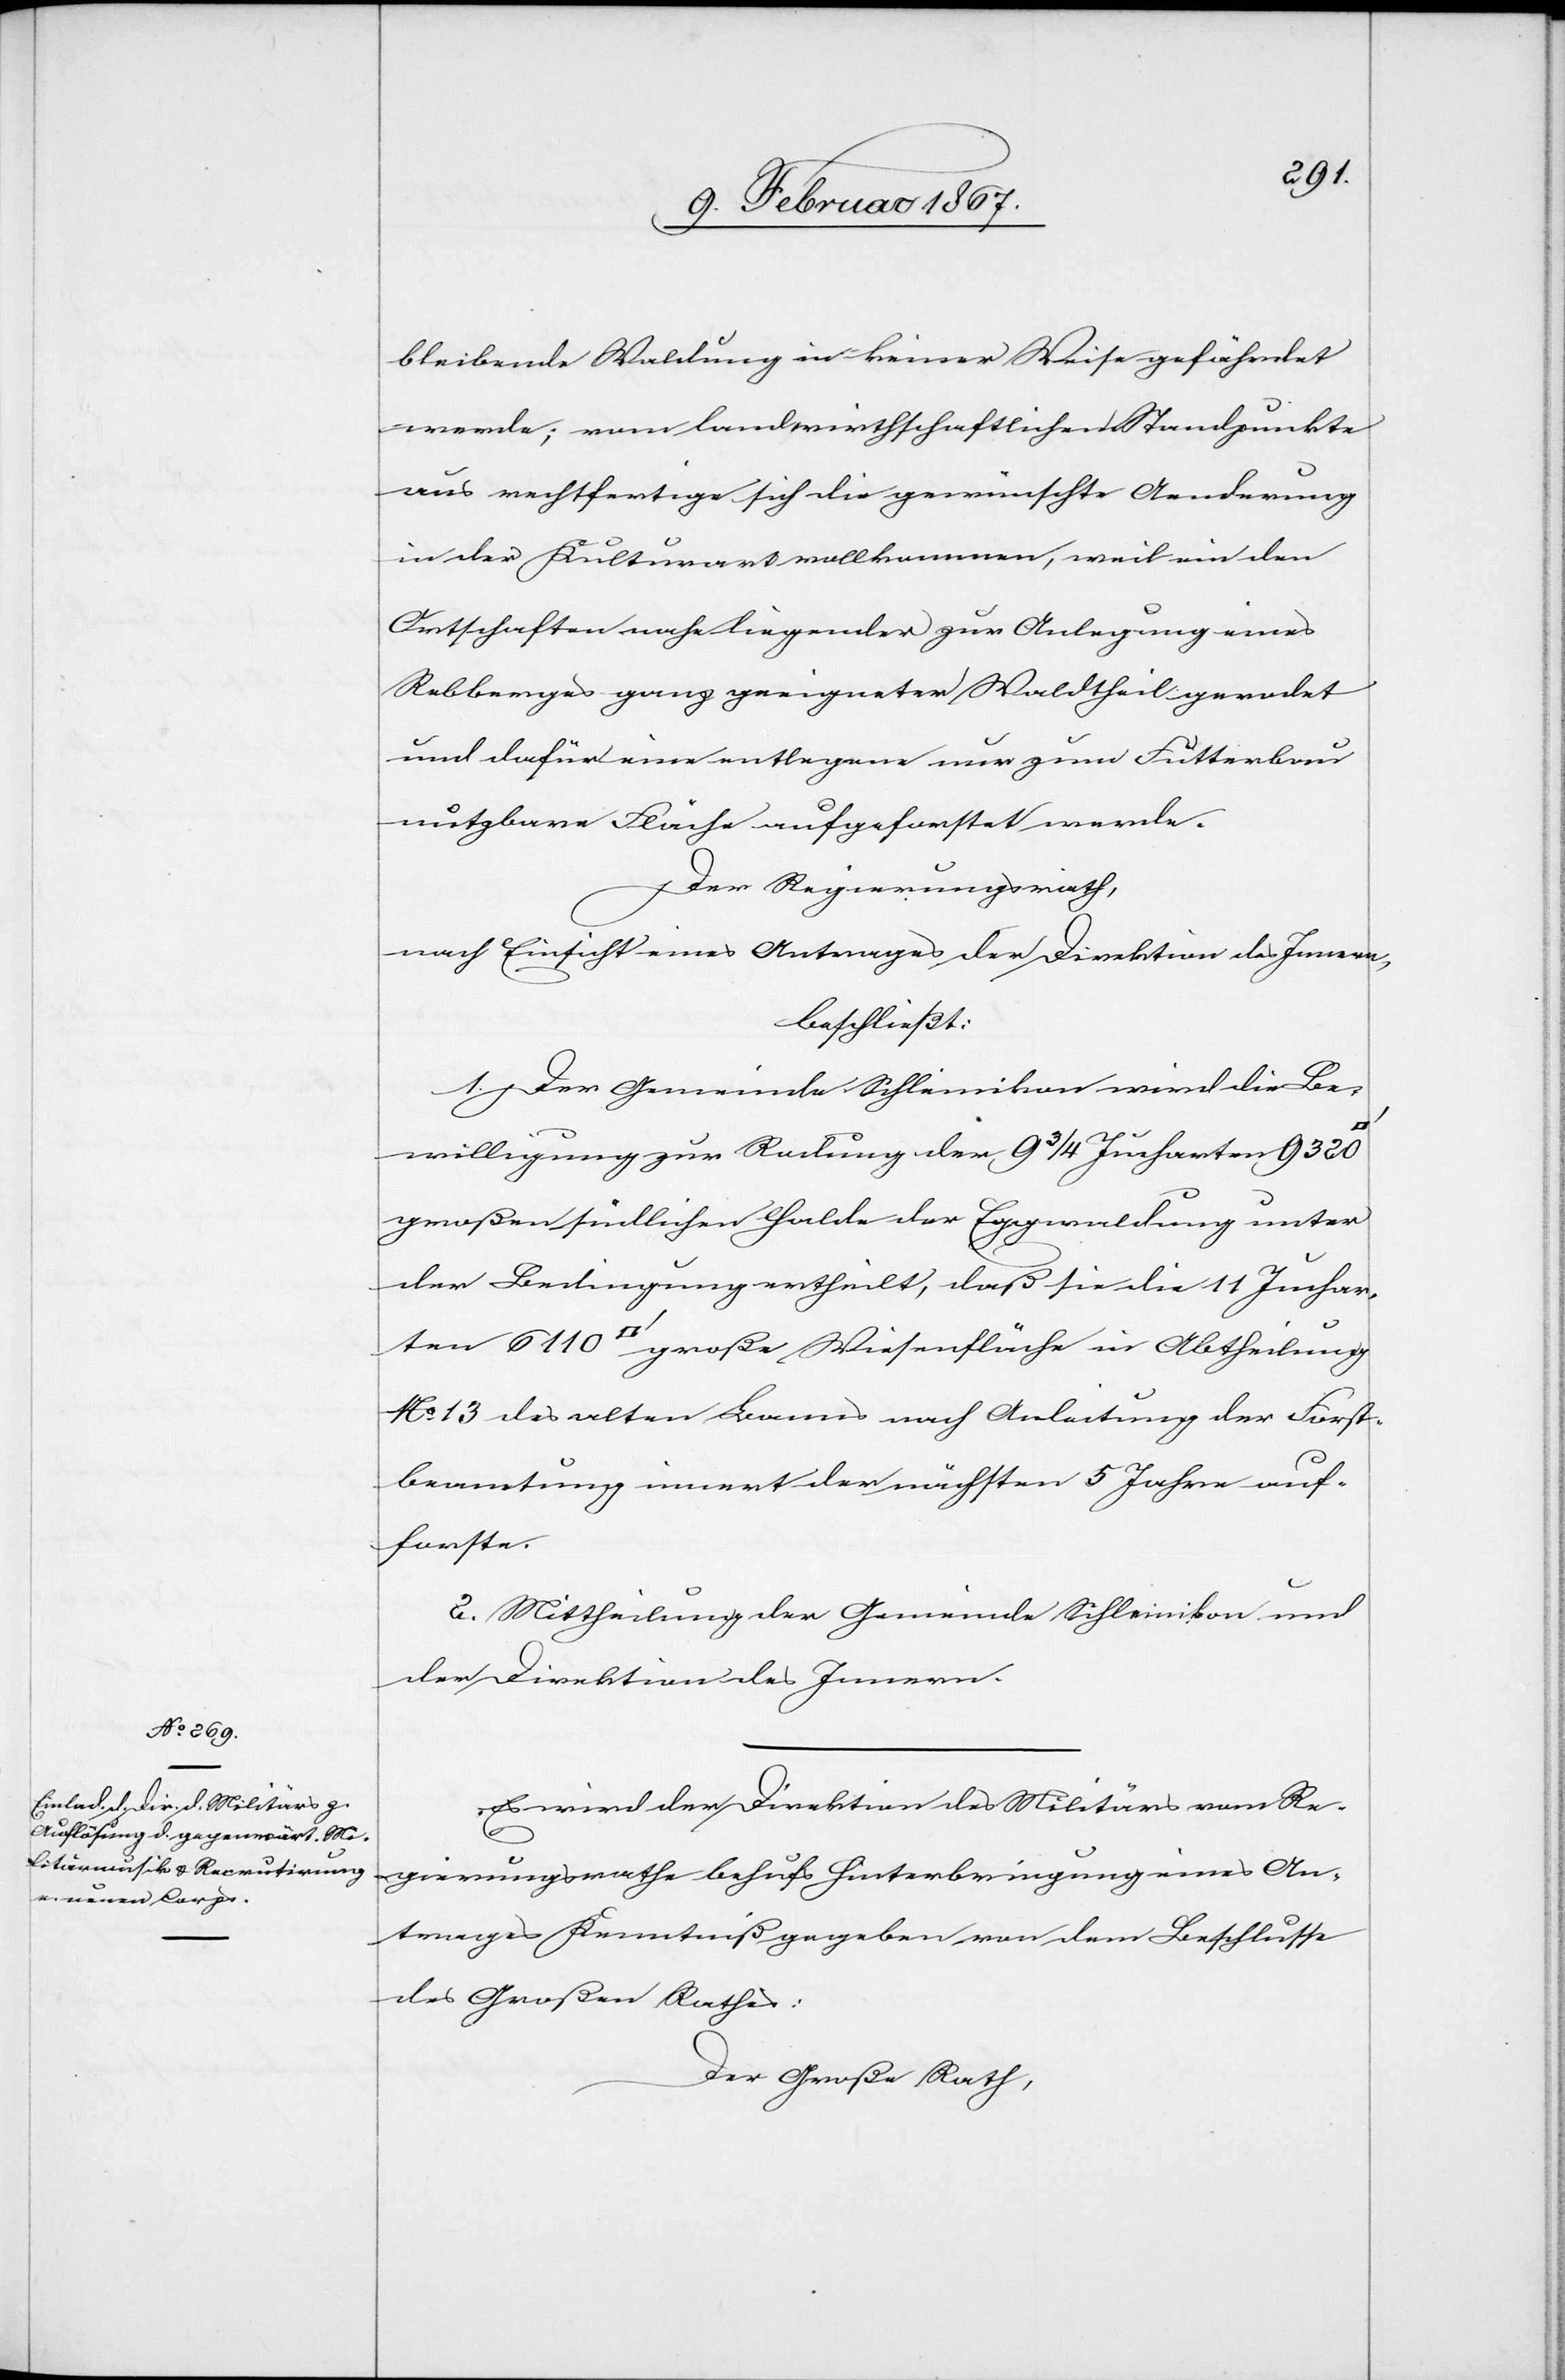
bleibende Waldung in keiner Weise gefährdet
werde; vom landwirthschaftlichen Standpunkte
aus rechtfertige sich die gewünschte Aenderung
in der Kulturart vollkommen, weil ein den
Ortschaften nahe liegender zur Anlegung eines
Rebberges ganz geeigneter Waldtheil gerodet
und dafür eine entlegene nur zum Futterbau
nutzbare Fläche aufgeforstet werde.
Der Regierungsrath,
nach Einsicht eines Antrages der Direktion des Innern,
beschließt:
1. Der Gemeinde Schleinikon wird die Be¬
willigung zur Rodung der 9 3/4 Jucharten 9320
großen südlichen Halde der Eggwaldung unter
der Bedingung ertheilt, daß sie die 11 Jucharten
No 13 des alten Bannes nach Anleitung der Forst¬
beamtung innert der nächsten 5 Jahre auf¬
forste.
2. Mittheilung der Gemeinde Schleinikon und
der Direktion des Innern.
Es wird der Direktion des Militärs vom Re¬
gierungsrathe behufs Hinterbringung eines An¬
trages Kenntniß gegeben von dem Beschlusse
des Großen Rathes:
Der Große Rath,